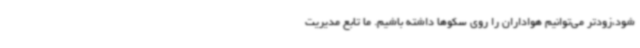
شود،زودتر می‌توانیم هواداران را روی سکوها داشته باشیم. ما تابع مدیریت